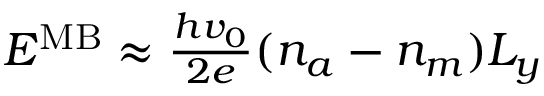
\begin{array} { r } { { \cal E } ^ { \mathrm { M B } } \approx { \frac { h v _ { 0 } } { 2 e } } ( n _ { a } - n _ { m } ) L _ { y } } \end{array}